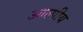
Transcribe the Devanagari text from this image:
आल्पीय